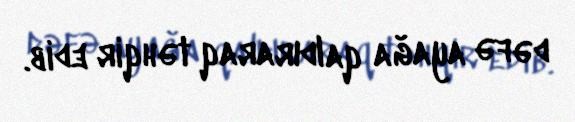
dəfə ayağa qaldıraraq təhqir edib.